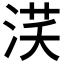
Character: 𣵽